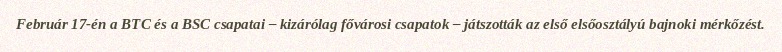
Február 17-én a BTC és a BSC csapatai – kizárólag fővárosi csapatok – játszották az első elsőosztályú bajnoki mérkőzést.